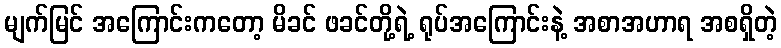
မျက်မြင် အကြောင်းကတော့ မိခင် ဖခင်တို့ရဲ့ ရုပ်အကြောင်းနဲ့ အစာအဟာရ အစရှိတဲ့